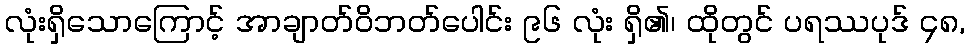
လုံးရှိသောကြောင့် အာချာတ်ဝိဘတ်ပေါင်း ၉၆ လုံး ရှိ၏၊ ထိုတွင် ပရဿပုဒ် ၄၈,